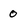
Character: 0